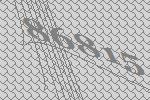
86815